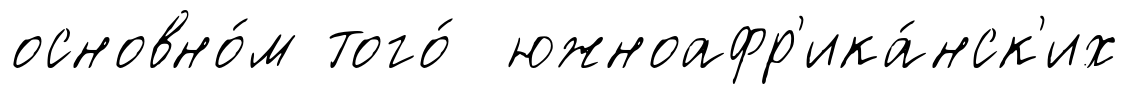
основно́м того́ южноафр'ика́нск'их